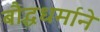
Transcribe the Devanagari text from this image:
बौद्धधर्माने